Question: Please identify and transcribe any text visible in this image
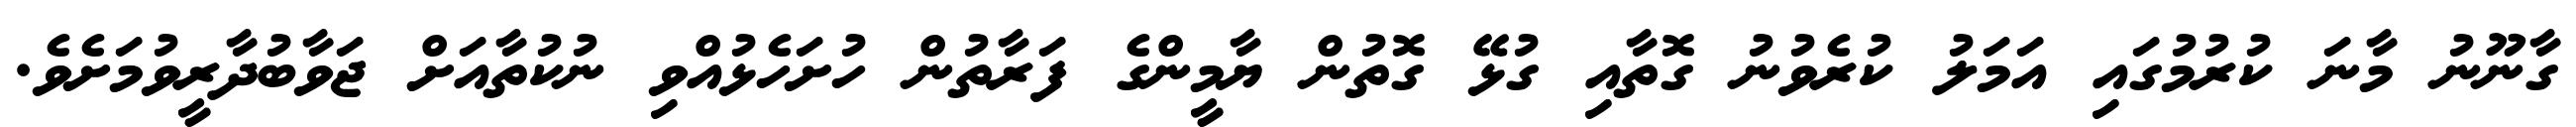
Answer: ގާނޫނު މާނަ ކުރުމުގައި އަމަލު ކުރެވުނު ގޮތާއި ގުޅޭ ގޮތުން ޔާމީންގެ ފަރާތުން ހުށަހެޅުއްވި ނުކުތާއަށް ޖަވާބުދާރީވުމަށެވެ.